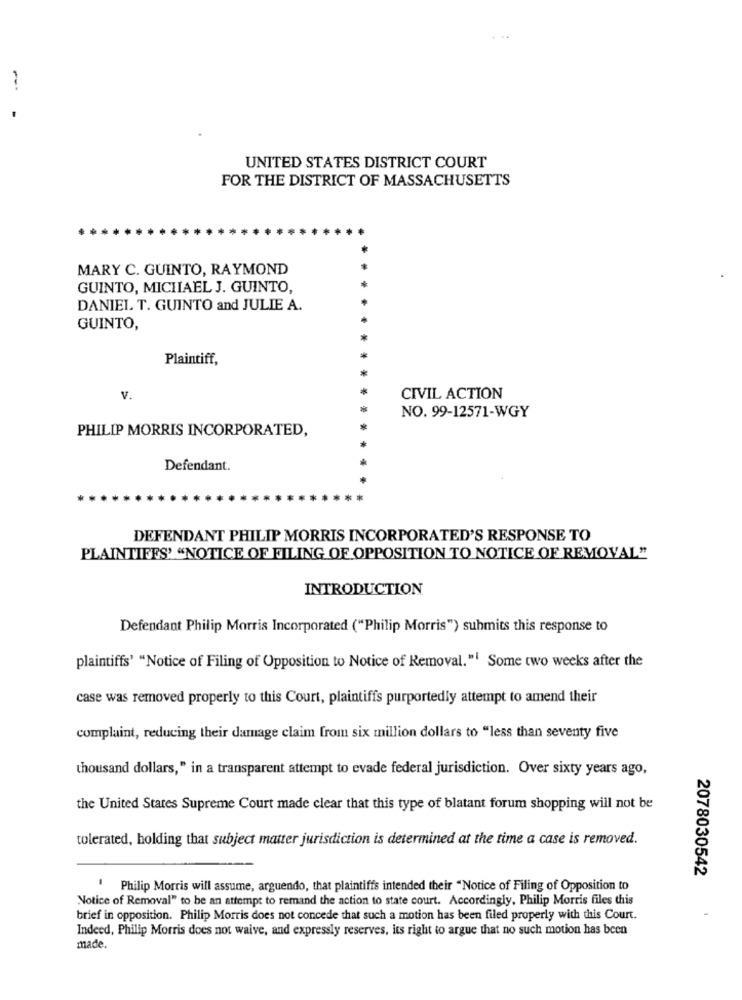
-
UNITED STATES DISTRICT COURT
FOR THE DISTRICT OF MASSACHUSETTS
MARY C. GUINTO, RAYMOND
GUINTO, MICHAEL J. GUINTO,
DANIEL T. GUINTO and JULIE A.
GUINTO,
Plaintiff,
V.
CIVIL ACTION
NO. 99-12571-WGY
PHILIP MORRIS INCORPORATED,
Defendant.
DEFENDANT PHILIP MORRIS INCORPORATED'S RESPONSE TO
PLAINTIFFS' "NOTICE OF FILING OF OPPOSITION TO NOTICE OF REMOVAL"
INTRODUCTION
Defendant Philip Morris Incorporated ("Philip Morris") submits this response to
plaintiffs' "Notice of Filing of Opposition to Notice of Removal." Some two weeks after the
case was removed properly to this Court, plaintiffs purportedly attempt to amend their
complaint, reducing their damage claim from six million dollars to "less than seventy five
thousand dollars," in a transparent attempt to evade federal jurisdiction. Over sixty years ago,
the United States Supreme Court made clear that this type of blatant forum shopping will not be
tolerated, holding that subject matter jurisdiction is determined at the time a case is removed.
2078030542
Philip Morris will assume, arguendo, that plaintiffs intended their "Notice of Filing of Opposition to
Notice of Removal" to be an attempt to remand the action to state court. Accordingly, Philip Morris files this
brief in opposition. Philip Morris does not concede that such a motion has been filed properly with this Court.
Indeed, Philip Morris does not waive, and expressly reserves, its right to argue that no such motion has been
made.